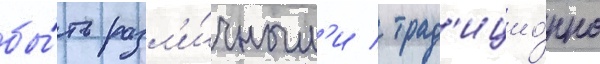
бы́ть разл'и́чным'и / трад'ицио́нно